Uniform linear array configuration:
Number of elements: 48
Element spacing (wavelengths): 1
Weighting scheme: blackman
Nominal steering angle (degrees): -45
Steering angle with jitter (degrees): -43.41
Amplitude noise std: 0.05
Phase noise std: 0.05

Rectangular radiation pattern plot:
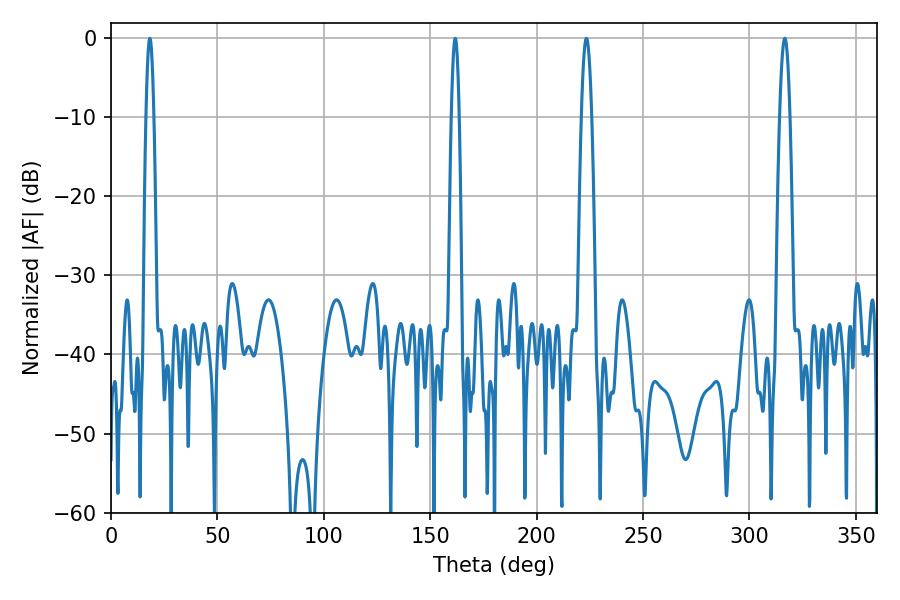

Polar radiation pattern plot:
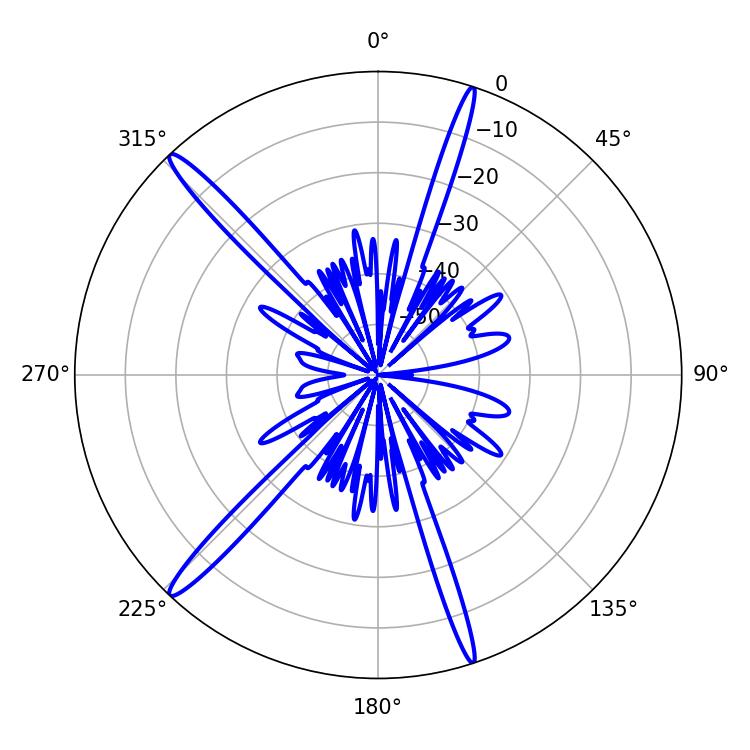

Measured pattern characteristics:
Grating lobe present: TRUE
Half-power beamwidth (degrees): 2.52
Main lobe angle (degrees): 223.38